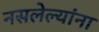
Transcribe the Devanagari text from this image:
नसलेल्यांना